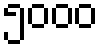
၅၀၀၀